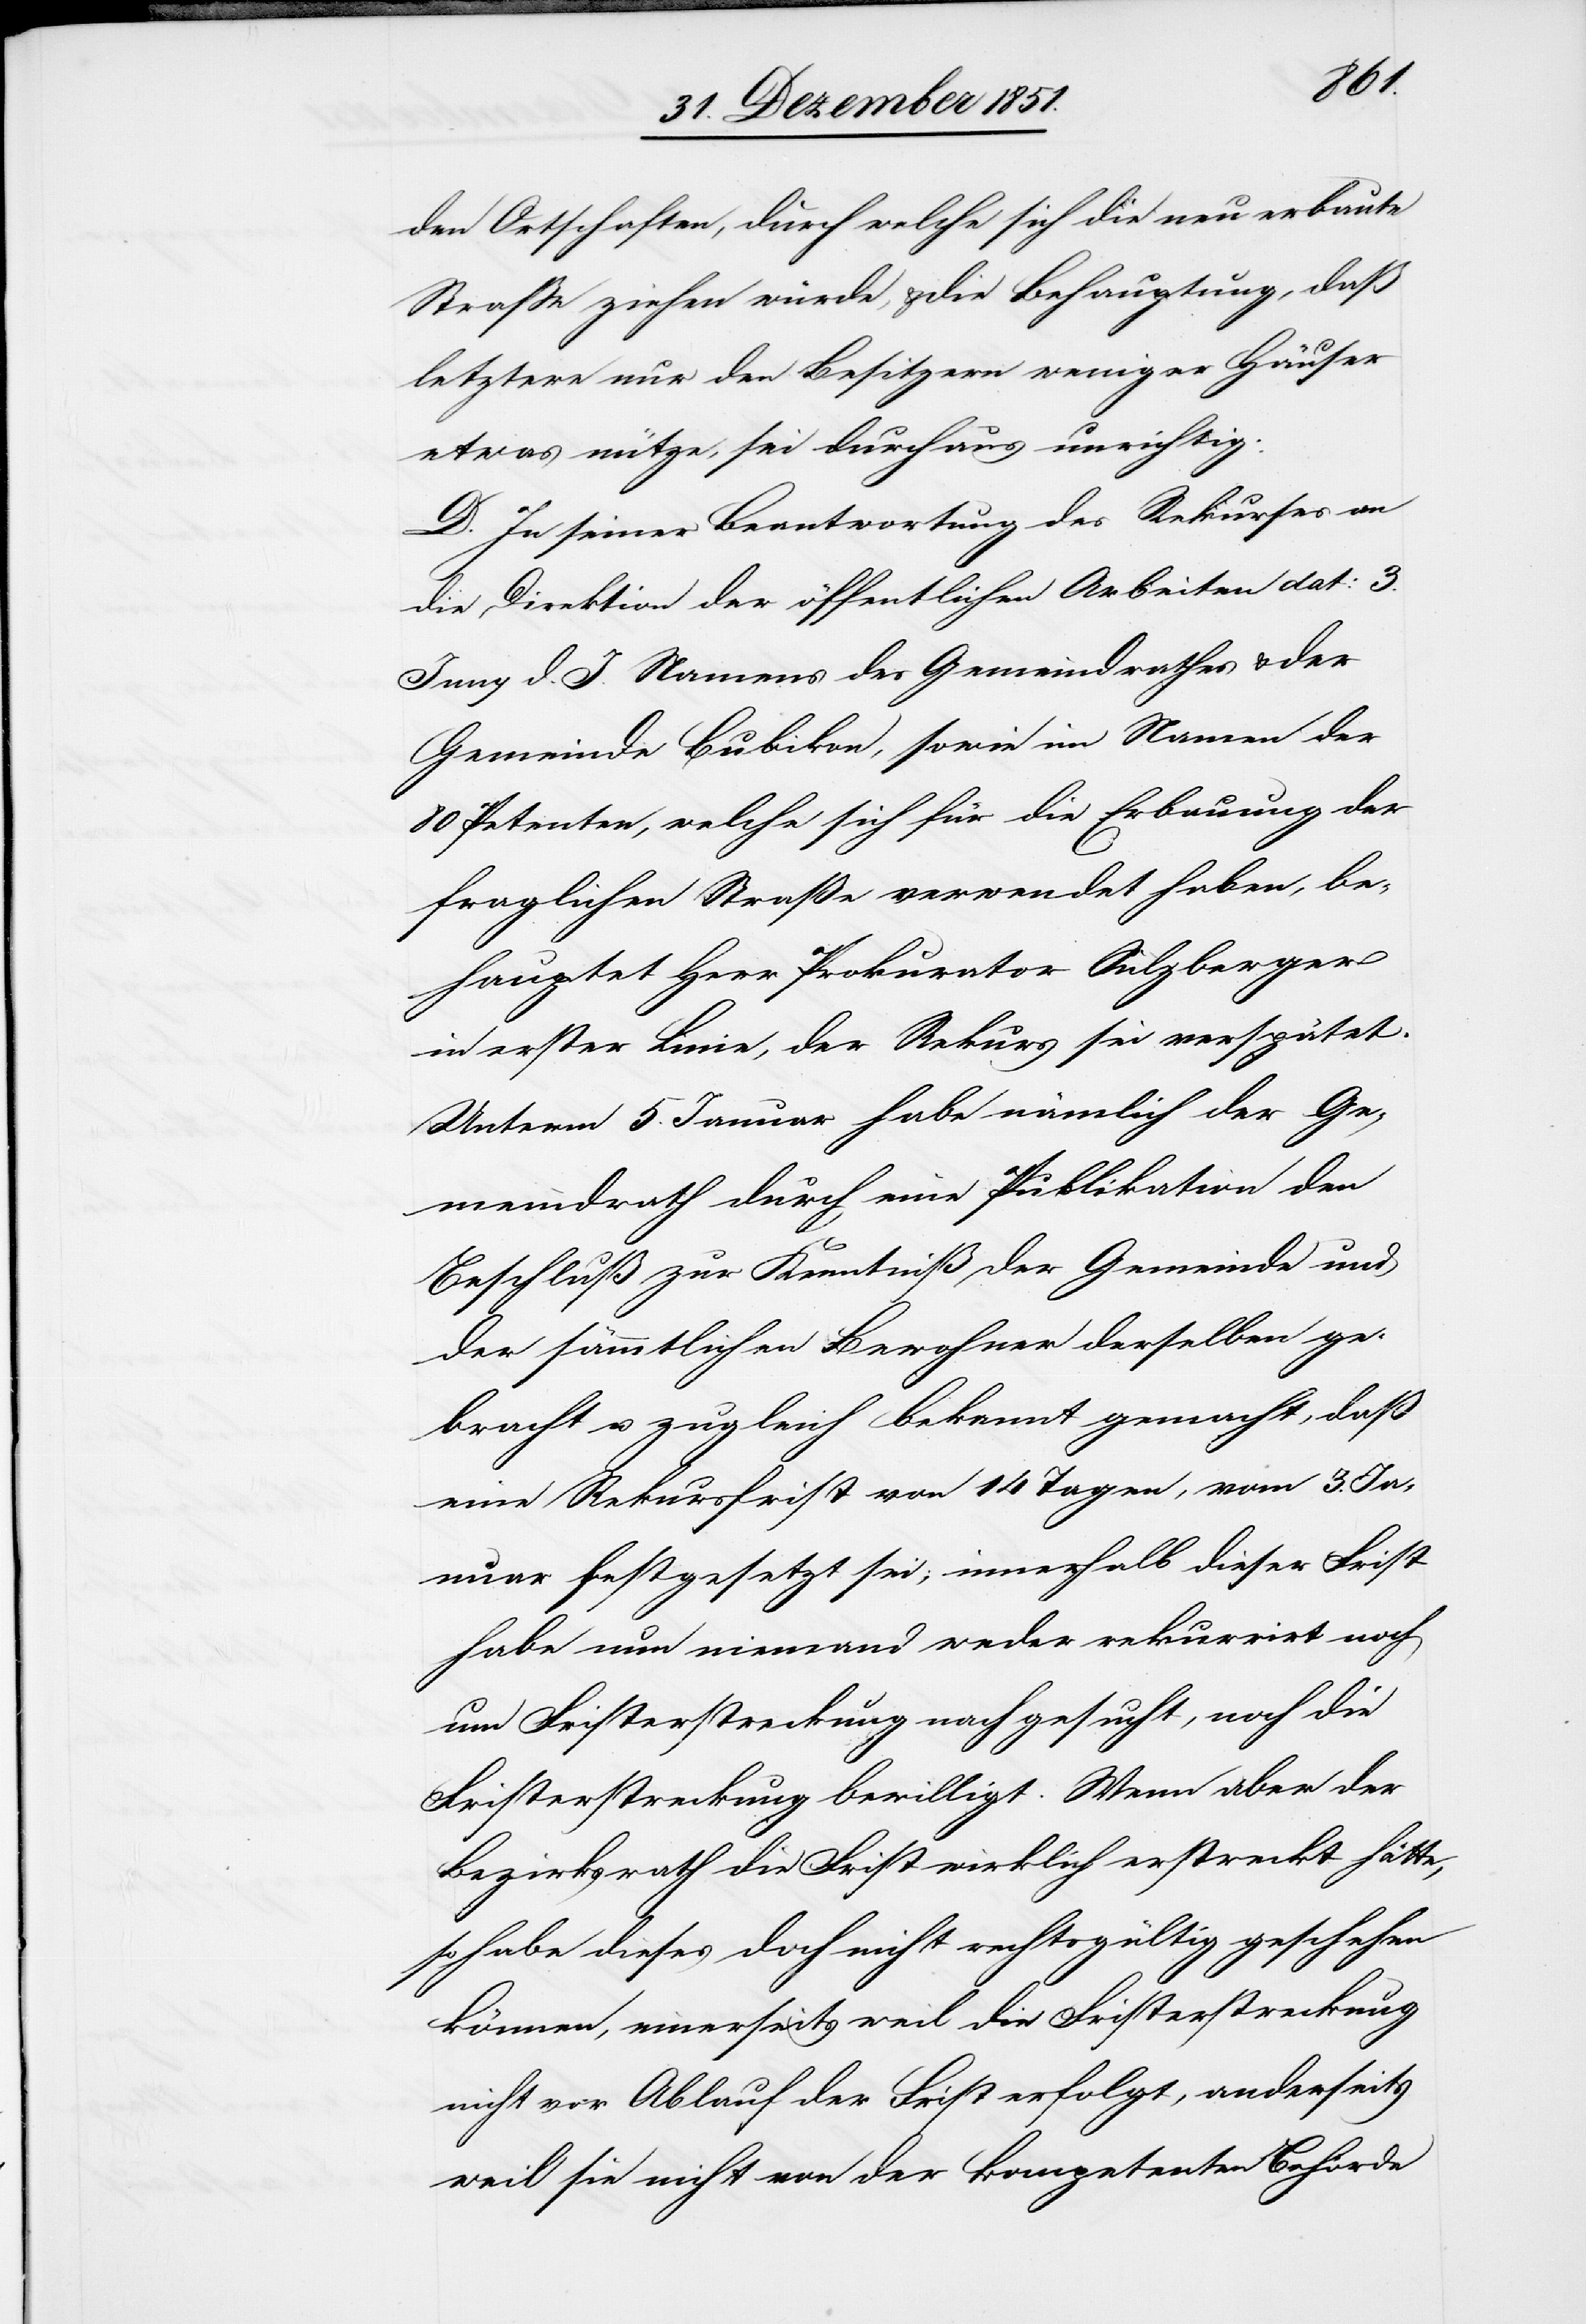
den Ortschaften, durch welche sich die neu erbaute
Straße ziehen würde, & die Behauptung, daß
letztere nur den Besitzern weniger Häuser
etwas nütze, sei durchaus unrichtig.
D. In seiner Beantwortung des Rekurses an
die Direktion der öffentlichen Arbeiten dat: 3.
Juny d. J. Namens des Gemeindrathes & der
Gemeinde Bubikon, sowie im Namen der
80 Petenten, welche sich für die Erbauung der
fraglichen Straße verwendet haben, be¬
hauptet Herr Prokurator Sulzberger
in erster Linie, der Rekurs sei verspätet.
Unterm 5. Januar habe nämlich der Ge¬
meindrath durch eine Publikation den
Beschluß zur Kenntniß der Gemeinde und
der sämmtlichen Bewohner derselben ge¬
bracht u. zugleich bekannt gemacht, daß
eine Rekursfrist von 14 Tagen, vom 3. Ja¬
nuar festgesetzt sei; innerhalb dieser Frist
habe nun niemand weder rekurrirt noch
um Fristerstreckung nachgesucht, noch die
Fristerstreckung bewilligt. Wenn aber der
Bezirksrath die Frist wirklich erstreckt hätte,
so habe dieses doch nicht rechtsgültig geschehen
können, einerseits weil die Fristerstreckung
nicht vor Ablauf der Frist erfolgt, anderseits
weil sie nicht von der kompetenten Behörde